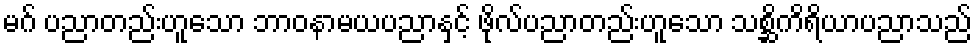
မဂ် ပညာတည်းဟူသော ဘာဝနာမယပညာနှင့် ဖိုလ်ပညာတည်းဟူသော သစ္ဆိကိရိယာပညာသည်